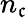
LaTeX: n_{\mathfrak{c}}